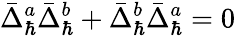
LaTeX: \bar{\Delta}_{\hbar}^{a}\bar{\Delta}_{\hbar}^{b}+\bar{\Delta}_{\hbar}^{b}\bar{\Delta}_{\hbar}^{a}=0